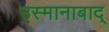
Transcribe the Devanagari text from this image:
उस्मानाबाद्